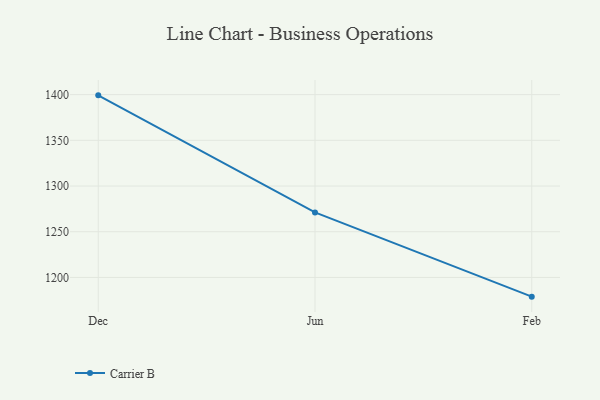
{"axis": {"x": "Month", "y": "Waste Production (Tons)"}, "legend": ["Carrier B"], "data": [{"x": "Dec", "y": 1399.2, "type": "Carrier B"}, {"x": "Jun", "y": 1271.1, "type": "Carrier B"}, {"x": "Feb", "y": 1179.0, "type": "Carrier B"}]}